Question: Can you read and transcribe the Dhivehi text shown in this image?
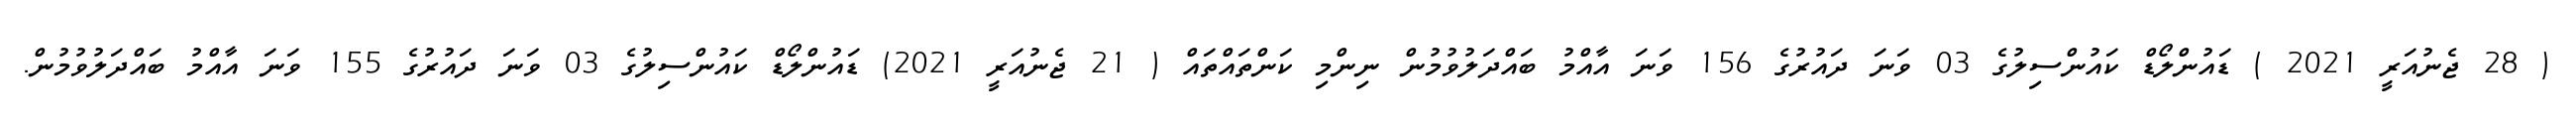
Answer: ( 28 ޖެނުއަރީ 2021 ) ޑައުންލޯޑް ކައުންސިލުގެ 03 ވަނަ ދައުރުގެ 156 ވަނަ އާއްމު ބައްދަލުވުމުން ނިންމި ކަންތައްތައް ( 21 ޖެނުއަރީ 2021) ޑައުންލޯޑް ކައުންސިލުގެ 03 ވަނަ ދައުރުގެ 155 ވަނަ އާއްމު ބައްދަލުވުމުން.